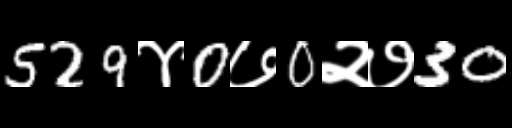
Text: 529४0७0२७30